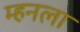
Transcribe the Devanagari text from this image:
म्हनला